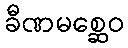
ခီဏမစ္ဆေဝ